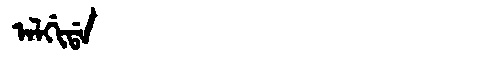
Manchu: ᠠᠯᡤᡳᡩᠠ
Romanization: ALGIDA